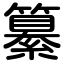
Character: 纂